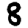
Digit: 8